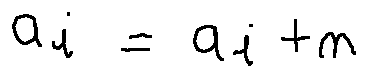
a _ { i } = a _ { i + n }